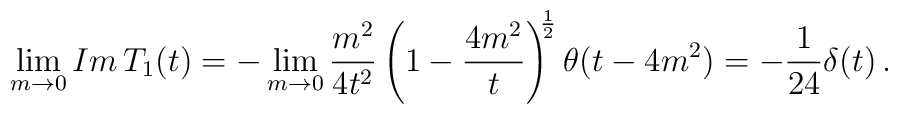
\lim_{m\rightarrow 0} Im\,T_{1}(t)=-\lim_{m\rightarrow 0}\frac{m^{2}}{4t^{2}}\left(1-\frac{4m^{2}}{t}\right)^{\hspace{-3pt}\frac{1}{2}}\theta(t-4m^{2})=-\frac{1}{24}\delta(t) \, .